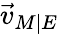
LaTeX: {\vec{v}}_{M\mid E}